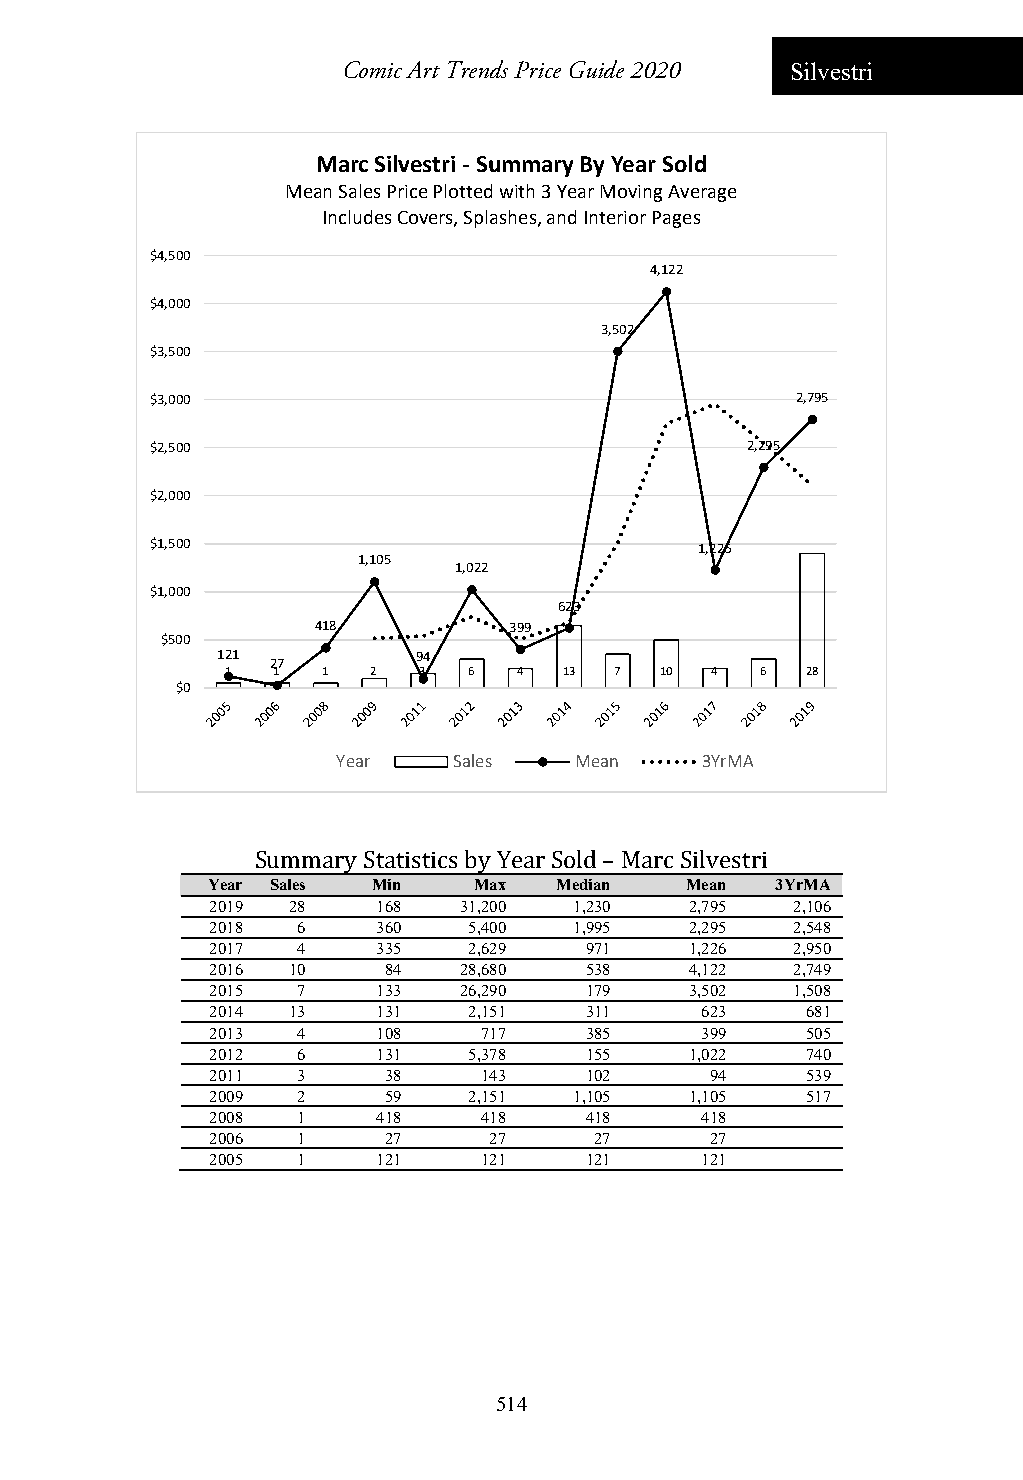
Comic Art Trends Price Guide 2020 Silvestri
 Marc Silvestri ‐Summary By Year Sold
 Mean Sales Price Plotted with 3 Year Moving Average
 Includes Covers, Splashes, and Interior Pages
 $4,500
 4,122
 $4,000
 3,502
 $3,500
 $3,000                                     2,795
 $2,500                                 2,295
 $2,000
 $1,500                              1,226
 1,105
 1,022
 $1,000
 623
 418          399
 $500
 121           94
 27
 1  1  1   2  3  6  4  13  7  10 4  6  28
 $0
 Year    Sales   Mean    3YrMA
 Summary Statistics by Year Sold – Marc Silvestri
 Year Sales Min   Max   Median  Mean  3YrMA
 2019 28    168  31,200  1,230   2,795  2,106
 2018  6    360   5,400  1,995   2,295  2,548
 2017  4    335   2,629   971    1,226  2,950
 2016 10    84   28,680   538    4,122  2,749
 2015  7    133  26,290   179    3,502  1,508
 2014 13    131   2,151   311    623    681
 2013  4    108    717    385    399    505
 2012  6    131   5,378   155    1,022  740
 2011  3    38     143    102     94    539
 2009  2    59    2,151  1,105   1,105  517
 2008  1    418    418    418    418
 2006  1    27     27     27      27
 2005  1    121    121    121    121
 514